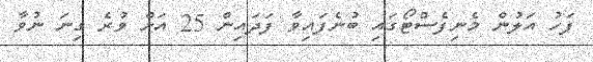
ފަހު އަލުން މެނިފެސްޓޯގައި ބުނެފައިވާ ފަދައިން 25 އަށް ވުރެ ގިނަ ނުވާ